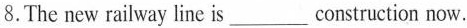
8.The new railway line is___construction now.